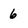
Character: 6